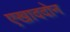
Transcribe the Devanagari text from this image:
एखाददोन